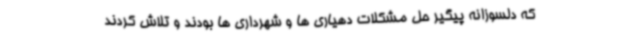
که دلسوزانه پیگیر حل مشکلات دهیاری ها و شهرداری ها بودند و تلاش کردند